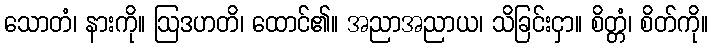
သောတံ၊ နားကို။ ဩဒဟတိ၊ ထောင်၏။ အညာအညာယ၊ သိခြင်းငှာ။ စိတ္တံ၊ စိတ်ကို။